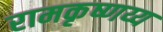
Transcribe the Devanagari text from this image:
रामकृष्णय्य